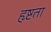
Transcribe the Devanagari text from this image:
हृष्टता